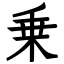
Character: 乗